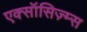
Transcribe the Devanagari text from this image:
एक्सॉसिज़्म्स